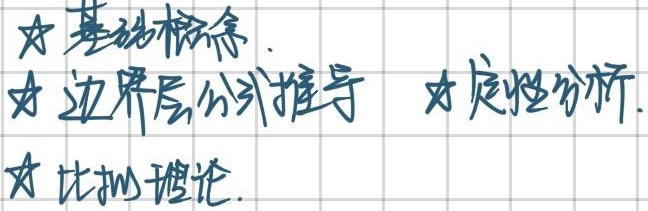
- ☆ 基础概念.
- ☆ 边界层公式推导
- ☆ 定性分析.
- ☆ 比拟理论.